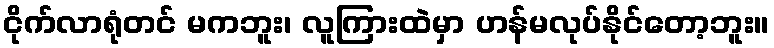
ငိုက်လာရုံတင် မကဘူး၊ လူကြားထဲမှာ ဟန်မလုပ်နိုင်တော့ဘူး။